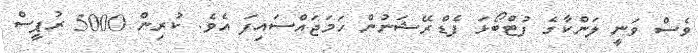
ވެސް ވަނީ ލަންކާގެ ފުޓްބޯޅަ ފެޑްރޭޝަނުން ހަމަޖައްސައިފަ އެވެ. ކުރިން 5000 ރުޕީސް